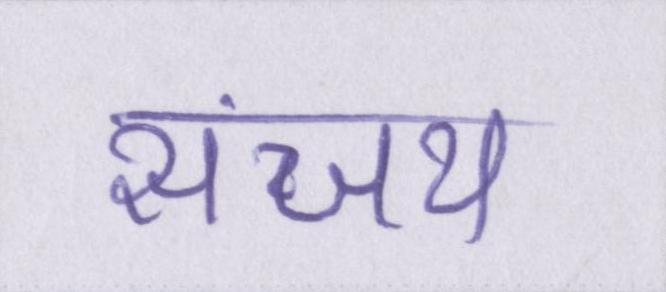
संजय